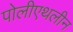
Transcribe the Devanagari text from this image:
पोलीएथलीन